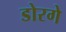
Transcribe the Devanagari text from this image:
डोरगे